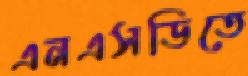
এনএসডিতে